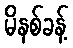
မိနစ်ခန့်